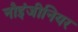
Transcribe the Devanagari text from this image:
नौइंजीनियर